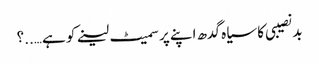
بد نصیبی کا سیاہ گدھ اپنے پر سمیٹ لینے کو ہے…..؟